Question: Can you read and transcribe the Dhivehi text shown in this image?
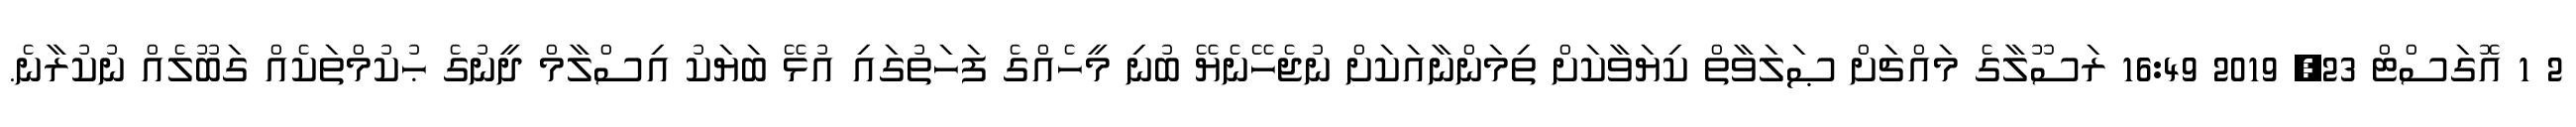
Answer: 2 1 އޮގަސްޓް 23, 2019 16:49 ރަސޫލާގެ މައްޗަށް ޞަލަވާތް ކިޔަވާކަށް ތިމަންނާއަކަށް ނުޖެހޭނެޔޭ ބުނި މީހެއްގެ ފަހަތުގައި އުޅޭ ބަޔަކު އިސްލާމް ދީނުގެ ޙުކުމްތަކެއް ގަބޫލެއް ނުކުރާނެ.